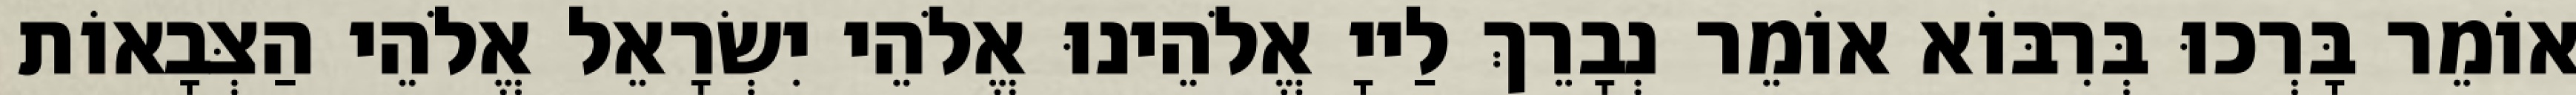
אוֹמֵר בָּרְכוּ בְּרִבּוֹא אוֹמֵר נְבָרֵךְ לַייָ אֱלֹהֵינוּ אֱלֹהֵי יִשְׂרָאֵל אֱלֹהֵי הַצְּבָאוֹת